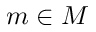
m \in M